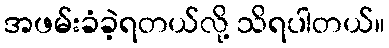
အဖမ်းခံခဲ့ရတယ်လို့ သိရပါတယ်။